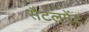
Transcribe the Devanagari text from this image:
सैटलमेंट